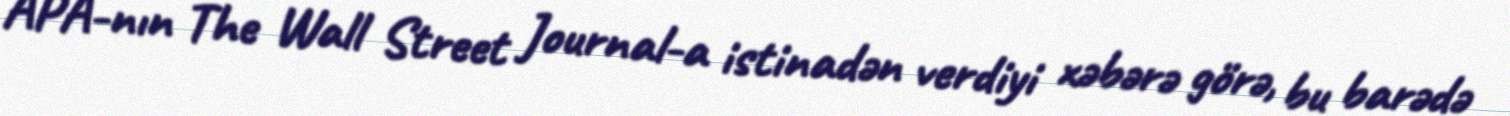
APA-nın The Wall Street Journal-a istinadən verdiyi xəbərə görə, bu barədə